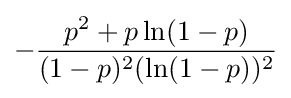
-{\frac {p^{2}+p\ln(1-p)}{(1-p)^{2}(\ln(1-p))^{2}}}